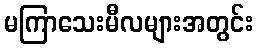
မကြာသေးမီလများအတွင်း